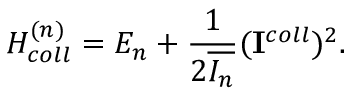
H _ { c o l l } ^ { ( n ) } = E _ { n } + \frac { 1 } { 2 \overline { { { { \cal I } _ { n } } } } } ( { \bf I } ^ { c o l l } ) ^ { 2 } .